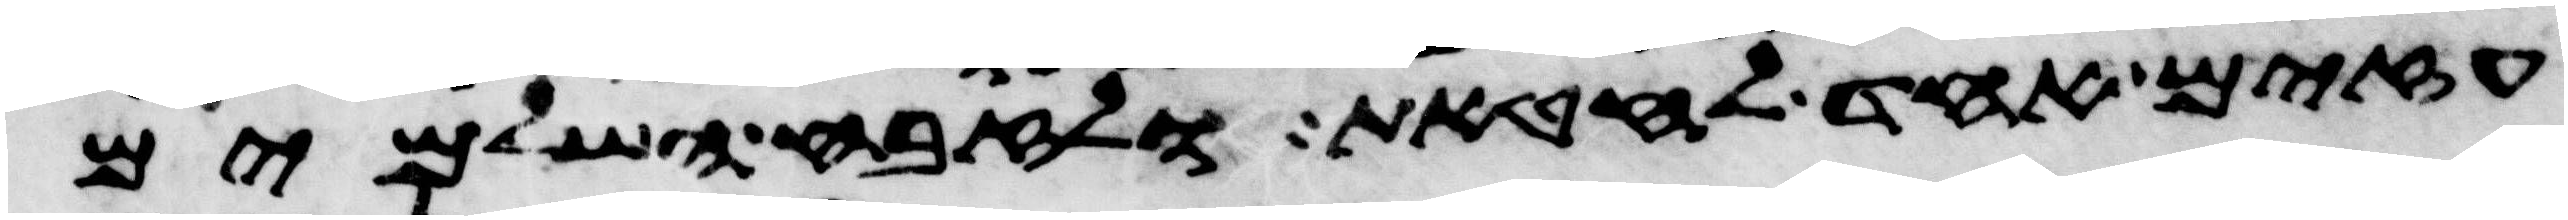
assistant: עזים אחד לחטאת ולזבח השלמים